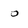
Character: 0